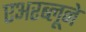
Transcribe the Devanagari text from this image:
एअरब्लूने